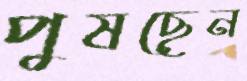
পুষছেন